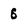
Character: 6